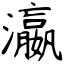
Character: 瀛